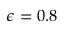
\epsilon = 0 . 8